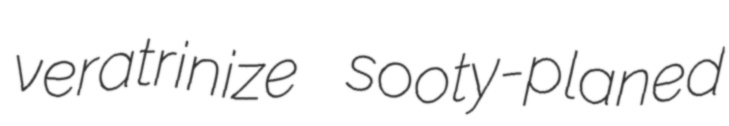
veratrinize sooty-planed